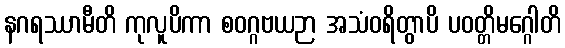
နဂရဿာမီတိ ကုလူပိကာ စဝဂ္ဂဗယဉာ အသံဝရိတွာပိ ပဝတ္တိမဂ္ဂေါတိ